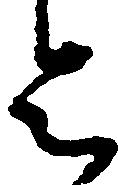
令